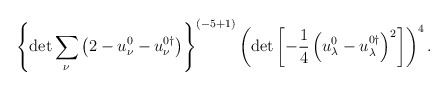
\begin{align*}\left\{\det \sum_\nu \left( 2-u_\nu^0-u_\nu^{0\dagger} \right)\right\}^{({-5+1})} \left(\det \left[-\frac14 \left( u_\lambda^0-u_\lambda^{0\dagger} \right)^2 \right] \right)^{4}. \end{align*}